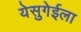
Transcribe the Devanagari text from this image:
येसुगेईला